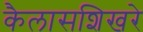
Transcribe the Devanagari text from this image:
कैलासशिखरे